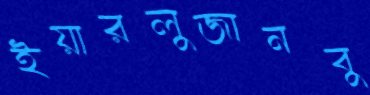
ইয়ারলুজানবু